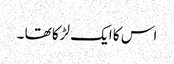
اس کا ایک لڑکا تھا ۔